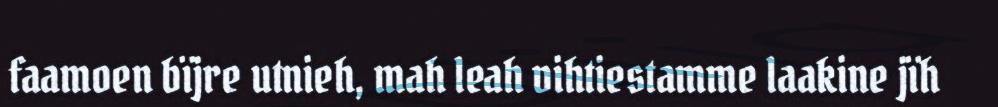
faamoen bïjre utnieh, mah leah vihtiestamme laakine jïh